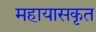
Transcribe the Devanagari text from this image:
महायासकृत